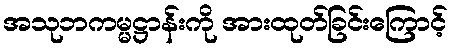
အသုဘကမ္မဋ္ဌာန်းကို အားထုတ်ခြင်းကြောင့်